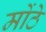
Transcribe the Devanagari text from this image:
मोंठे